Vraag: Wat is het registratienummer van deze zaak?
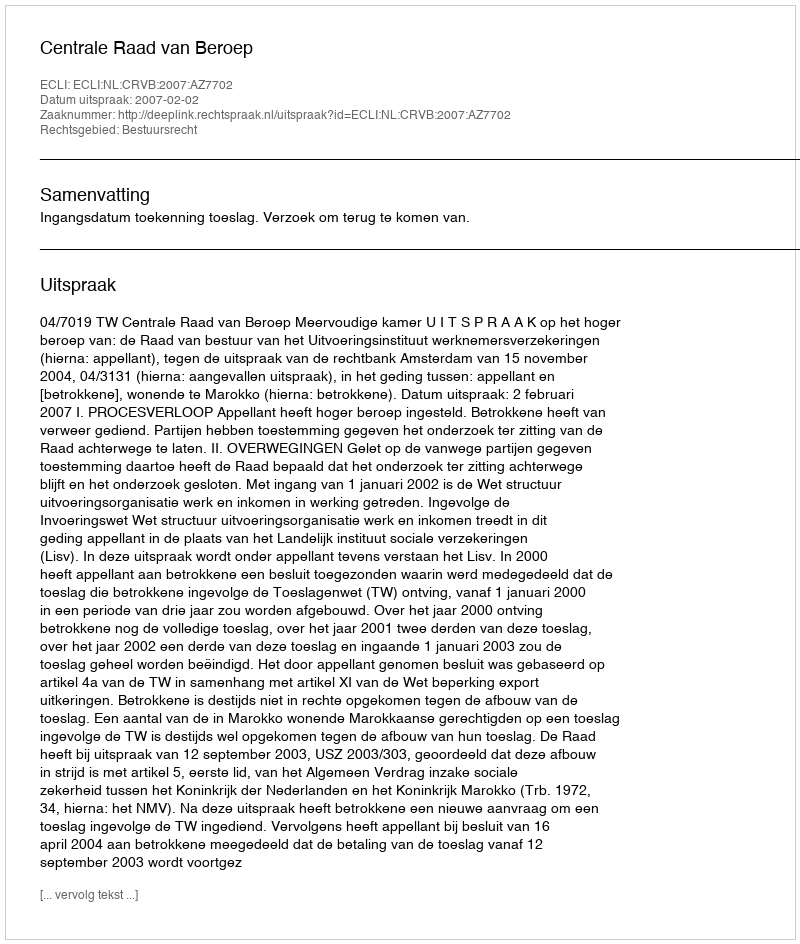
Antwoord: http://deeplink.rechtspraak.nl/uitspraak?id=ECLI:NL:CRVB:2007:AZ7702